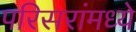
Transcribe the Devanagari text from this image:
परिसरांमध्ये